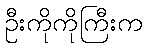
ဦးကိုကိုကြီးက